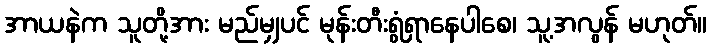
အာယနဲက သူတို့အား မည်မျှပင် မုန်းတီးရွံရှာနေပါစေ၊ သူ့အလွန် မဟုတ်။